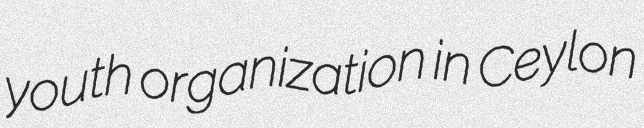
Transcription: youth organization in Ceylon